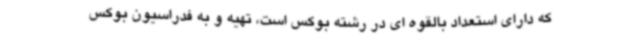
که دارای استعداد بالقوه ای در رشته بوکس است، تهیه و به فدراسیون بوکس